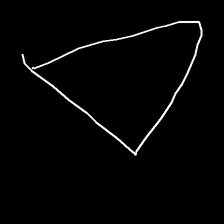
Glyph: convergence